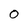
Character: O